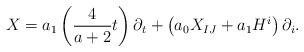
LaTeX: \begin{align*}X=a_{1}\left( \frac{4}{a+2}t\right) \partial_{t}+\left( a_{0}X_{IJ}+a_{1}H^{i}\right) \partial_{i}. \end{align*}